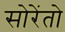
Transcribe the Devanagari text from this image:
सोरेंतो